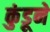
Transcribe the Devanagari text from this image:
कुंडूने